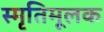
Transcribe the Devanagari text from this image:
स्मृतिमूलक